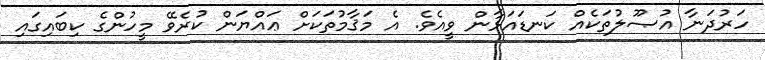
ހަރުދަނާ އުޞޫލުތަކެއް ކަނޑައަޅާން ވީއެވެ. އެ މަޤާމުތަކަށް ޢައްޔަން ކުރެވޭ މީހުންގެ ކިބައިގައި